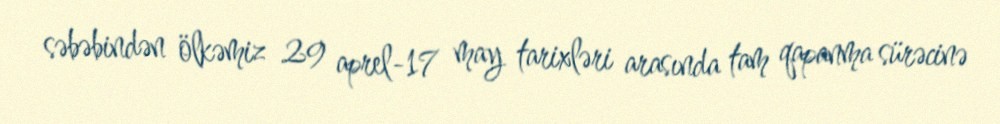
səbəbindən ölkəmiz 29 aprel-17 may tarixləri arasında tam qapanma sürəcinə